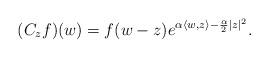
LaTeX: \begin{align*}(C_z f)(w) = f(w - z)e^{\alpha \langle w, z\rangle - \frac{\alpha}{2} |z|^2}.\end{align*}